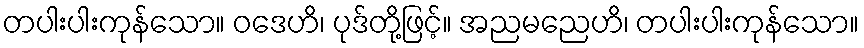
တပါးပါးကုန်သော။ ဝဒေဟိ၊ ပုဒ်တို့ဖြင့်။ အညမညေဟိ၊ တပါးပါးကုန်သော။